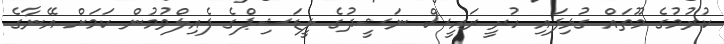
ކުރުމުގެ މޫތައް ގުޅިފައި ހުރީ ރައީސް ނަޝީދުގެ ލީޑަޝިޕްގެ ފެއިލްވުމުން ކަމަށް އޭނާގެ